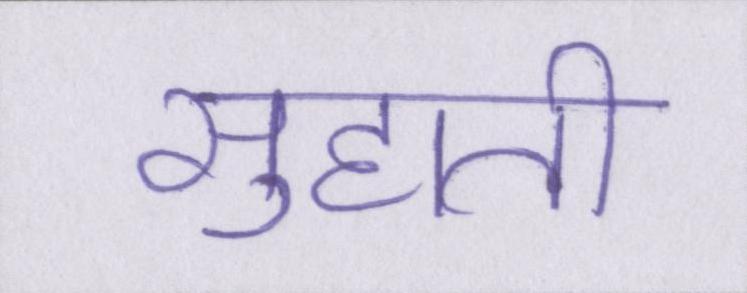
सुहाती